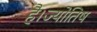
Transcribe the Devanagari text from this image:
है।ज्योतिष